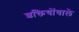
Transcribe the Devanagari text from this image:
शक्तियोंवाले